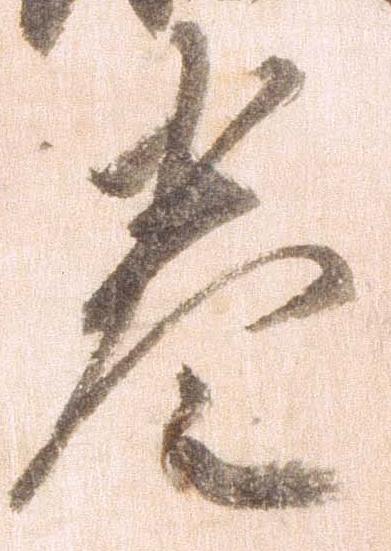
巻